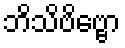
ဘိသိဗိဗ္ဗော